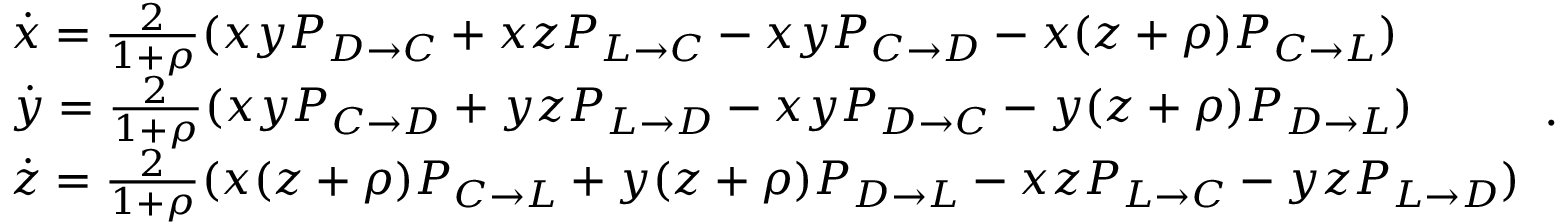
\begin{array} { l } { \dot { x } = \frac { 2 } { 1 + \rho } ( x y P _ { D \to C } + x z P _ { L \to C } - x y P _ { C \to D } - x ( z + \rho ) P _ { C \to L } ) } \\ { \dot { y } = \frac { 2 } { 1 + \rho } ( x y P _ { C \to D } + y z P _ { L \to D } - x y P _ { D \to C } - y ( z + \rho ) P _ { D \to L } ) } \\ { \dot { z } = \frac { 2 } { 1 + \rho } ( x ( z + \rho ) P _ { C \to L } + y ( z + \rho ) P _ { D \to L } - x z P _ { L \to C } - y z P _ { L \to D } ) } \end{array} .